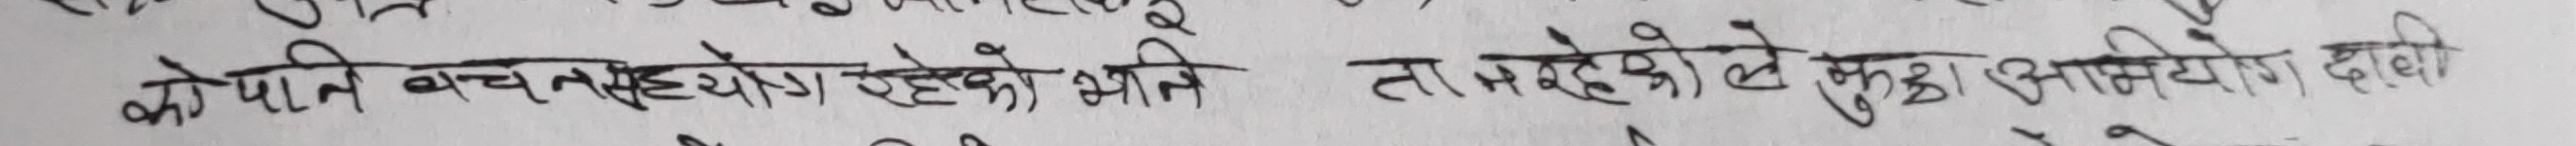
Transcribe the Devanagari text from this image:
को पनि बचन सहयोग रहेछन् अलि ता रहेछन् ले केही उपयोग देखियो